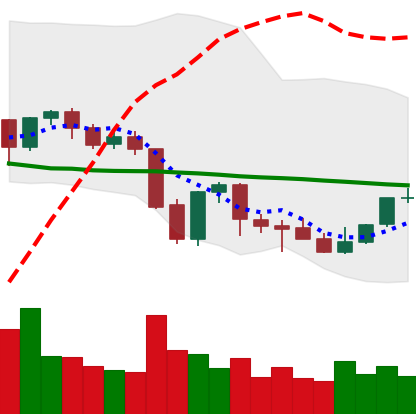
Ticker: NEO-USD
Chart end date: 2021-10-02
Forward return: 8.581%
Label: up_7plus